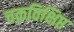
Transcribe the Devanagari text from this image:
चक्रविक्षिप्त